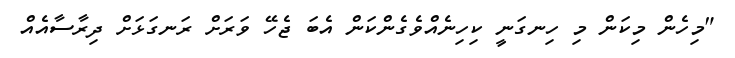
"މިހެން މިކަން މި ހިނގަނީ ކިހިނެއްވެގެންކަން އެބަ ޖެހޭ ވަރަށް ރަނގަޅަށް ދިރާސާއެއް